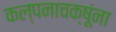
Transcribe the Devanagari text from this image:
कल्पनाचक्षूंना